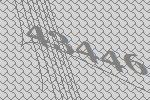
43446